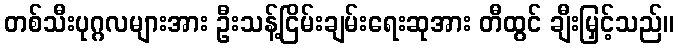
တစ်သီးပုဂ္ဂလများအား ဦးသန့်ငြိမ်းချမ်းရေးဆုအား တီထွင် ချီးမြှင့်သည်။